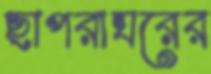
ছাপরাঘরের